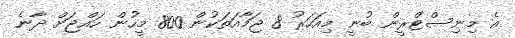
އެ މިނިސްޓްރީން ބުނީ މިއަހަރު 8 ޖަމާއަތަކުން 800 މީހުން ހައްޖަށް ދާނެ